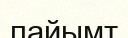
пайымт